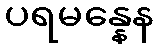
ပရမန္နေန